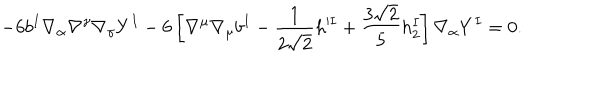
- 6 b ^ { I } \nabla _ { \alpha } \nabla ^ { \gamma } \nabla _ { \gamma } Y ^ { I } - 6 \left[ \nabla ^ { \mu } \nabla _ { \mu } b ^ { I } - \frac { 1 } { 2 \sqrt { 2 } } h ^ { \prime I } + \frac { 3 \sqrt { 2 } } { 5 } h _ { 2 } ^ { I } \right] \nabla _ { \alpha } Y ^ { I } = 0 .